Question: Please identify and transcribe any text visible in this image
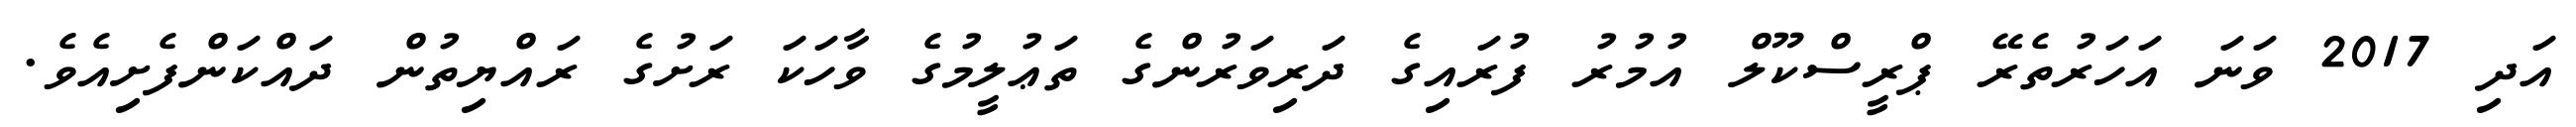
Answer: އަދި 2017 ވަނަ އަހަރުތެރޭ ޕްރީސްކޫލް އުމުރު ފުރައިގެ ދަރިވަރުންގެ ތަޢުލީމުގެ ވާހަކަ ރަށުގެ ރައްޔިތުން ދައްކަންފެށިއެވެ.